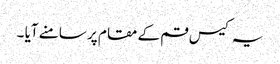
یہ کیس قم کے مقام پر سامنے آیا ۔